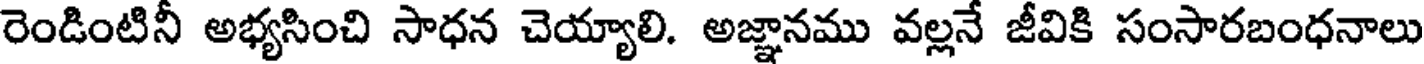
రెండింటినీ అభ్యసించి సాధన చెయ్యాలి. అజ్ఞానము వల్లనే జీవికి సంసారబంధనాలు